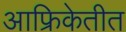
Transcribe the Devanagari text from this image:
आफ्रिकेतीत